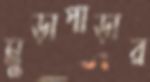
মুড়াপাড়ার